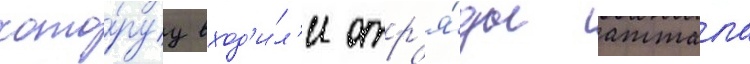
кото́руу вход'и́л'и отр'я́ды аттала